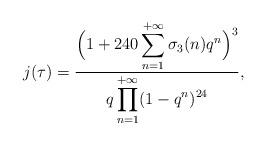
LaTeX: \begin{align*}j(\tau)=\frac{\displaystyle{\Big(1+240\sum_{n=1}^{+\infty}\sigma_{3}(n)q^n}\Big)^3}{\displaystyle{q\prod_{n=1}^{+\infty}(1-q^n)^{24}}},\end{align*}